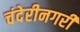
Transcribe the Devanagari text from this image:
चंदेरीनगरी